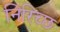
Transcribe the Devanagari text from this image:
निरिच्छ